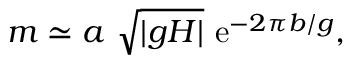
m \simeq a ~ \sqrt { | g H | } ~ \mathrm { e } ^ { - 2 \pi b / g } ,